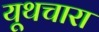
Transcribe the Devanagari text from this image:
यूथचारा